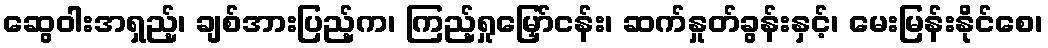
ဆွေဝါးအရှည့်၊ ချစ်အားပြည့်က၊ ကြည့်ရှုမြှော်ငန်း၊ ဆက်နှုတ်ခွန်းနှင့်၊ မေးမြန်းနိုင်စေ၊